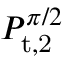
P _ { \mathrm { t , 2 } } ^ { \pi / 2 }